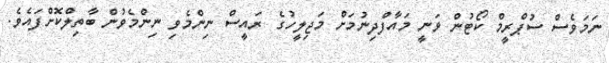
ނަމަވެސް ސުޕްރީމް ކޯޓުން ވަނީ މައާފްދިނުމަށް މަޖިލީހުގެ ރައީސް ނިންމެވި ނިންމެވުން ބާތިލްކޮށްފައެވެ.